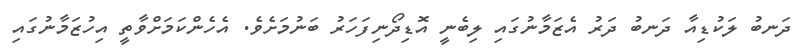
ދަނބު ލަކުޑިއާ ދަނބު ދަރު އެޒަމާނުގައި ލިބެނީ އޮޑިދޯނިފަހަރު ބަނުމަށެވެ. އެހެންކަމަށްވާތީ އިހުޒަމާނުގައި